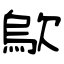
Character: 歍